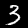
Label: 3